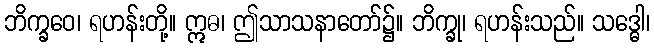
ဘိက္ခဝေ၊ ရဟန်းတို့။ ဣဓ၊ ဤသာသနာတော်၌။ ဘိက္ခု၊ ရဟန်းသည်။ သဒ္ဓေါ၊